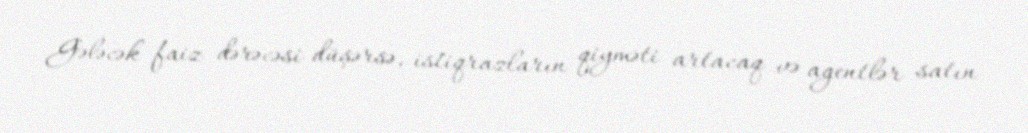
Gələcək faiz dərəcəsi düşərsə, istiqrazların qiyməti artacaq və agentlər satın